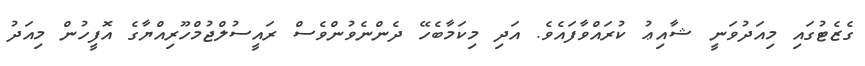
ގެޒެޓުގައި މިއަދުވަނީ ޝާއިޢު ކުރައްވާފައެވެ. އަދި މިކަމާބެހޭ ދެންނެވުންވެސް ރައީސުލްޖުމްހޫރިއްޔާގެ އޮފީހުން މިއަދު